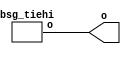


module top
(
  o
);

  output [63:0] o;

  bsg_tiehi
  wrapper
  (
    .o(o)
  );


endmodule



module bsg_tiehi
(
  o
);

  output [63:0] o;
  wire [63:0] o;
  assign o[0] = 1'b1;
  assign o[1] = 1'b1;
  assign o[2] = 1'b1;
  assign o[3] = 1'b1;
  assign o[4] = 1'b1;
  assign o[5] = 1'b1;
  assign o[6] = 1'b1;
  assign o[7] = 1'b1;
  assign o[8] = 1'b1;
  assign o[9] = 1'b1;
  assign o[10] = 1'b1;
  assign o[11] = 1'b1;
  assign o[12] = 1'b1;
  assign o[13] = 1'b1;
  assign o[14] = 1'b1;
  assign o[15] = 1'b1;
  assign o[16] = 1'b1;
  assign o[17] = 1'b1;
  assign o[18] = 1'b1;
  assign o[19] = 1'b1;
  assign o[20] = 1'b1;
  assign o[21] = 1'b1;
  assign o[22] = 1'b1;
  assign o[23] = 1'b1;
  assign o[24] = 1'b1;
  assign o[25] = 1'b1;
  assign o[26] = 1'b1;
  assign o[27] = 1'b1;
  assign o[28] = 1'b1;
  assign o[29] = 1'b1;
  assign o[30] = 1'b1;
  assign o[31] = 1'b1;
  assign o[32] = 1'b1;
  assign o[33] = 1'b1;
  assign o[34] = 1'b1;
  assign o[35] = 1'b1;
  assign o[36] = 1'b1;
  assign o[37] = 1'b1;
  assign o[38] = 1'b1;
  assign o[39] = 1'b1;
  assign o[40] = 1'b1;
  assign o[41] = 1'b1;
  assign o[42] = 1'b1;
  assign o[43] = 1'b1;
  assign o[44] = 1'b1;
  assign o[45] = 1'b1;
  assign o[46] = 1'b1;
  assign o[47] = 1'b1;
  assign o[48] = 1'b1;
  assign o[49] = 1'b1;
  assign o[50] = 1'b1;
  assign o[51] = 1'b1;
  assign o[52] = 1'b1;
  assign o[53] = 1'b1;
  assign o[54] = 1'b1;
  assign o[55] = 1'b1;
  assign o[56] = 1'b1;
  assign o[57] = 1'b1;
  assign o[58] = 1'b1;
  assign o[59] = 1'b1;
  assign o[60] = 1'b1;
  assign o[61] = 1'b1;
  assign o[62] = 1'b1;
  assign o[63] = 1'b1;

endmodule